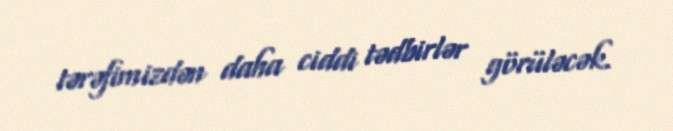
tərəfimizdən daha ciddi tədbirlər görüləcək.